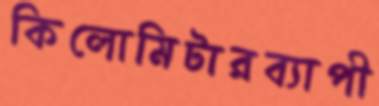
কিলোমিটারব্যাপী